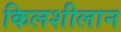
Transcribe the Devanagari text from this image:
किलशीलान